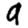
Digit: 9